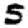
Digit: 5